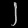
Digit: ၂